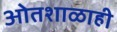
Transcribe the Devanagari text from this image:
ओतशाळाही